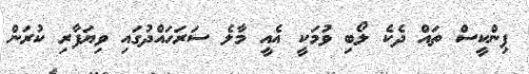
ޕިންކީސް ތައް ދެކެ ލޯބި ވުމަކީ އެއީ މާލެ ސަރަހައްދުގައި ވިޔަފާރި ކުރަން